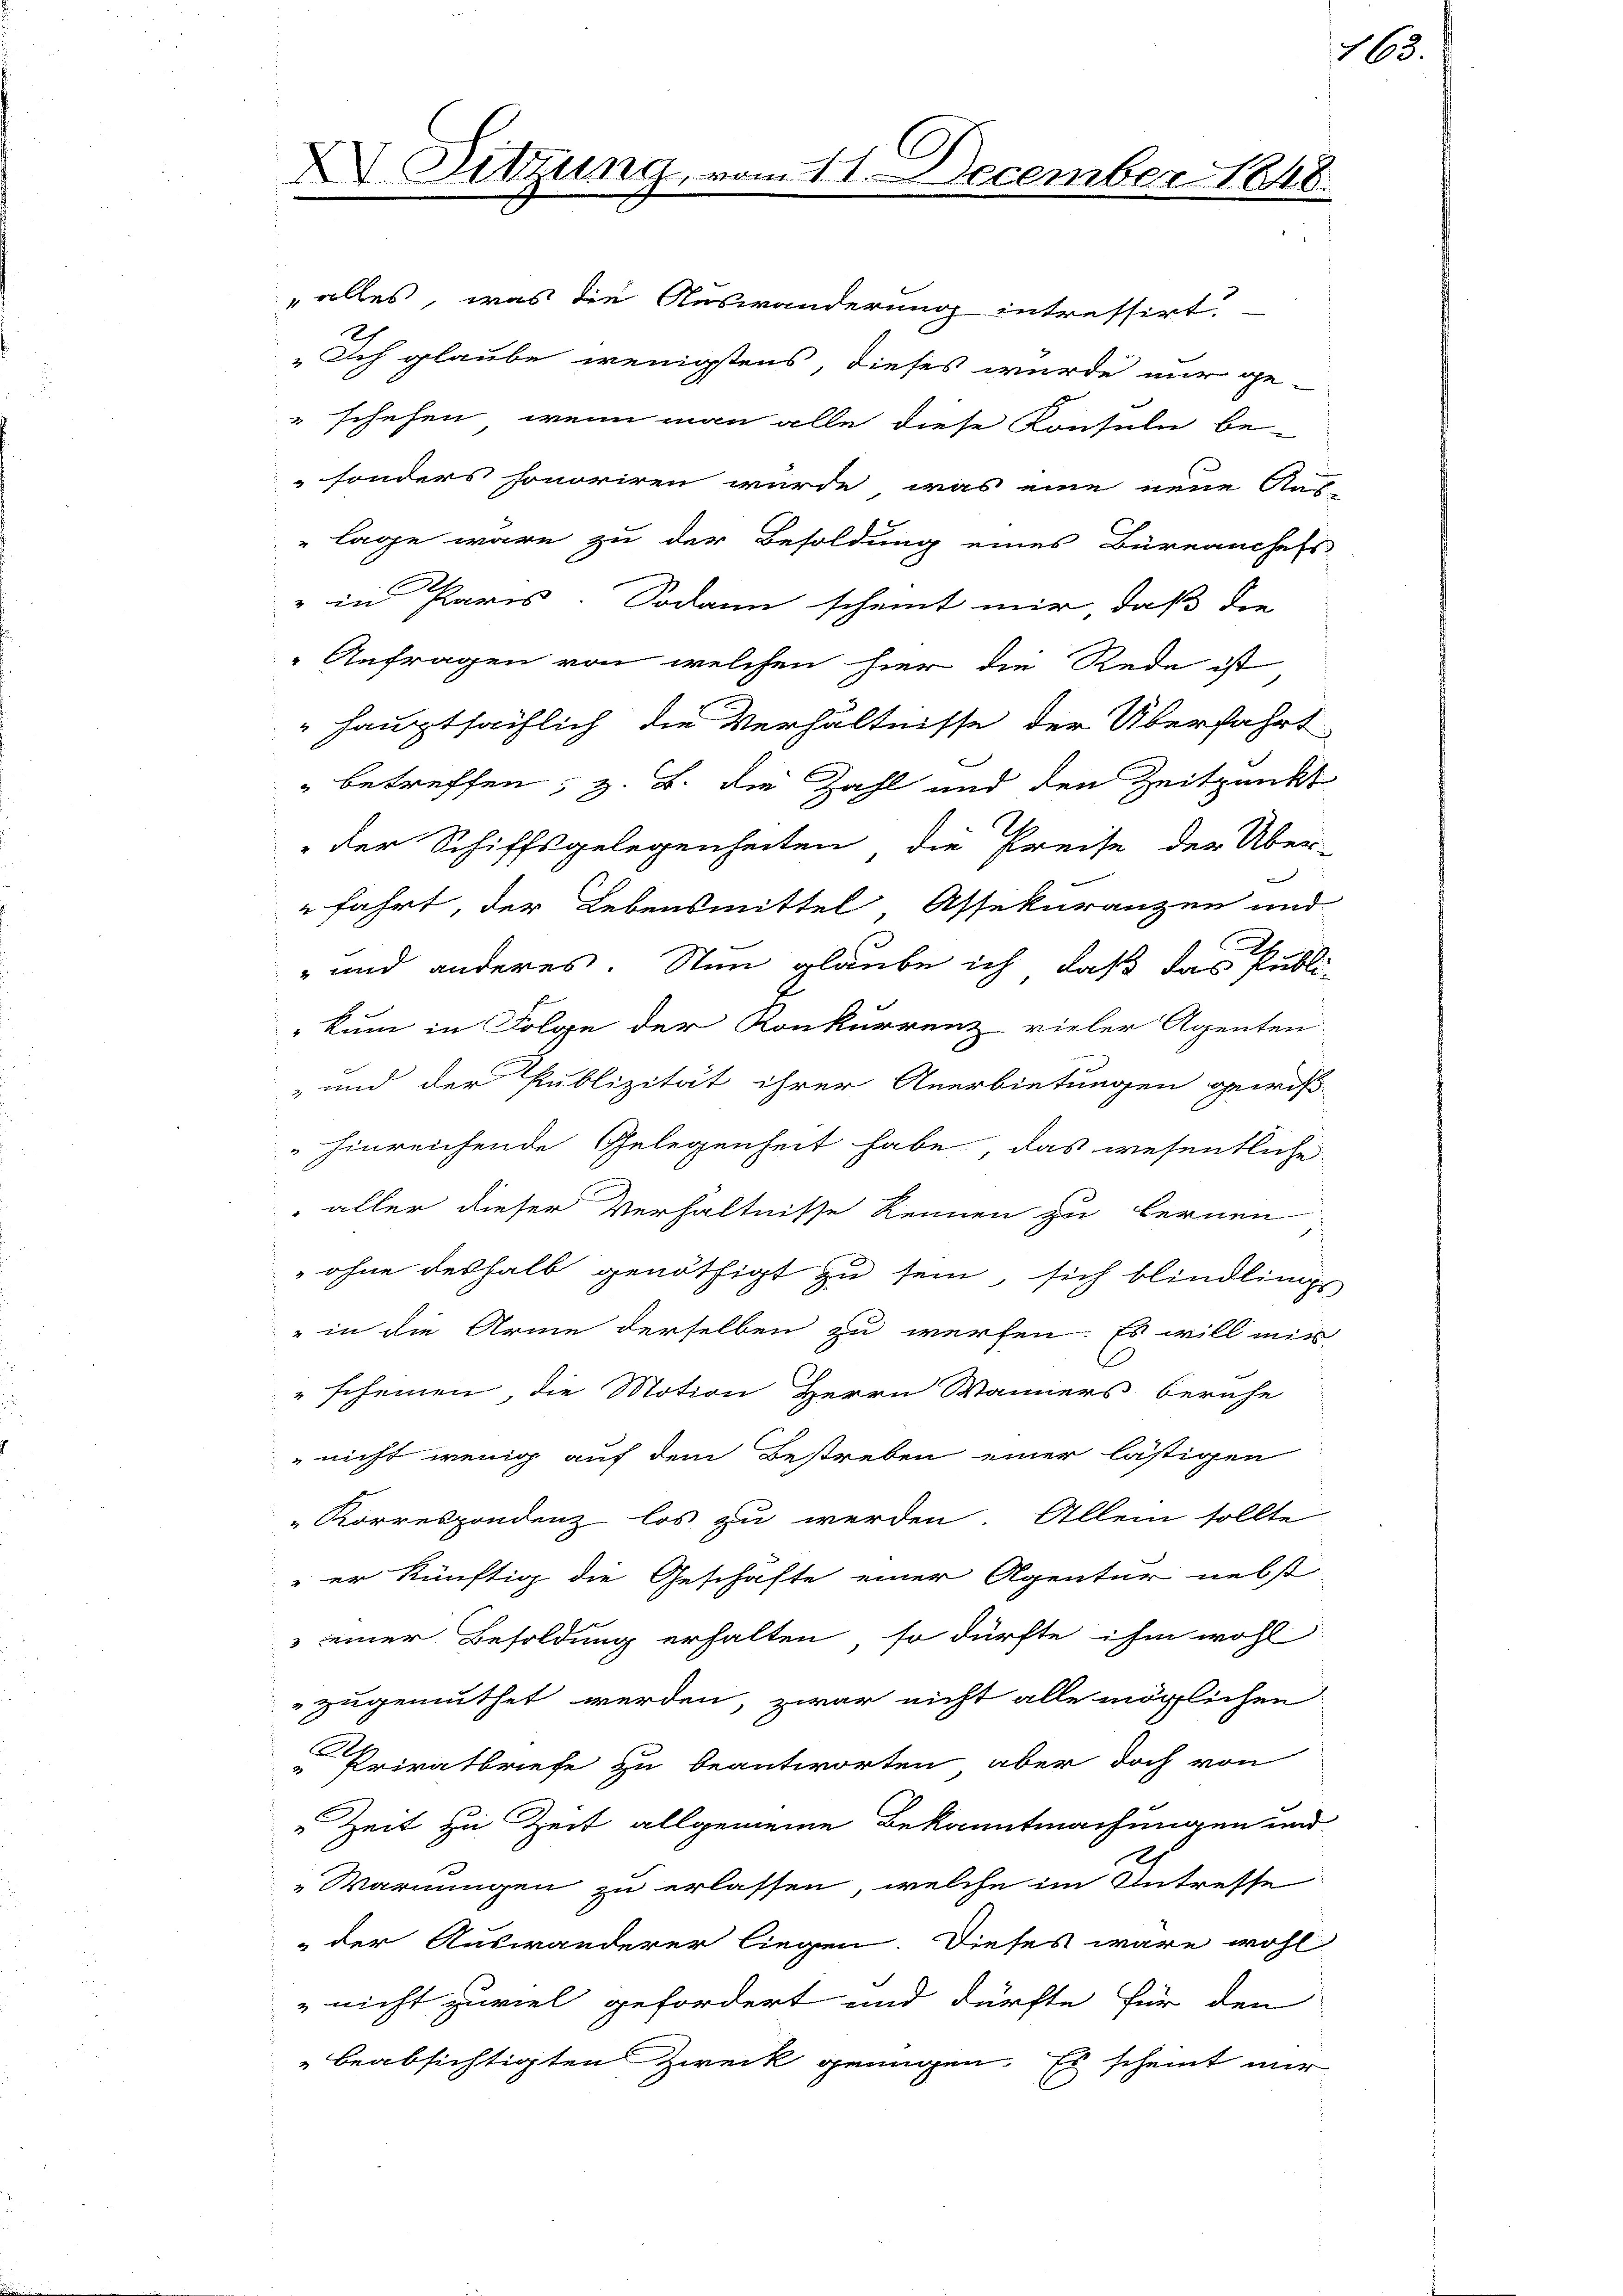
G
ASitzung, vom 11. December 1848.

"alles, was die Auswanderung intressirt.
2
Ich glaube wenigstens, dieses wurde mir ge-
" schehen, wenn man alle diese Konsuln be-
sonders honoriren würde, was eine neue Auf-
lage wäre zu der Besoldung eines Büreanchefs
" in Paris. Sodann scheint mir, daß die
Anfragen von welchen hier die Rede ist
" hauptsächlich die Verhältnisse der Überfahrt
" betreffen; z. B. die Zahl und den Zeitpunkt
der Schiffsgelegenheiten, die Preise der Über-
fahrt, der Lebensmittel Assekuranzen und
" und anderes. Nun glaube ich, daß das Publi-
kum in Folge der Konkurrenz vieler Agenten.
-und der Publizität ihrer Anerbietungen gewiß
hinreichende Gelegenheit habe, das wesentliche
 aller dieser Verhältnisse kennen zu lernen
ohne deshalb genöthigt zu sein, sich blindlingt-
" in die Arme derselben zu werfen. Es will mir
" scheinen, die Motion Herrn Wanners beruhe
nicht wenig auf dem Bestreben einer lästigen
Korrespondenz los zu werden. Allein sollte
" er künftig die Geschäfte einer Agentur nebst
 einer Besoldung erhalten, so dürfte ihm wohl
" zugemuthet werden, zwar nicht alle möglichen
Privatbriefe zu beantworten, aber doch von
" Zeit zu Zeit allgemeine Bekanntmachungen und
.
Warnungen zu erlassen, welche im Intresse
der Auswanderer liegen. Dieses wäre wohl
" nicht zuviel gefordert und dürfte für den
beabsichtigten Zweck genügen. Es scheint mir

163.